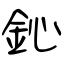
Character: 鈊